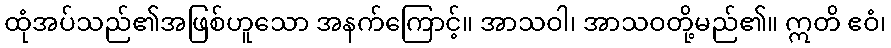
ထုံအပ်သည်၏အဖြစ်ဟူသော အနက်ကြောင့်။ အာသဝါ၊ အာသဝတို့မည်၏။ ဣတိ ဧဝံ၊